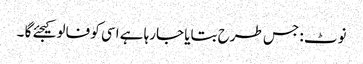
نوٹ : جس طرح بتایا جارہا ہے اسی کو فالو کیجئے گا ۔